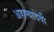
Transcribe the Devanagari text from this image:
अहल्यादेवी